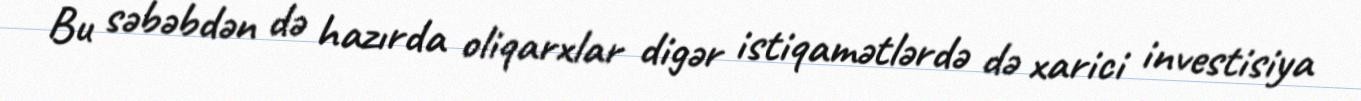
Bu səbəbdən də hazırda oliqarxlar digər istiqamətlərdə də xarici investisiya